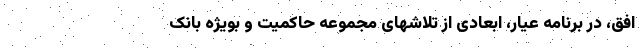
افق، در برنامه عیار، ابعادی از تلاشهای مجموعه حاکمیت و بویژه بانک